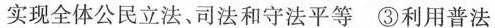
实现全体公民立法、司法和守法平等③利用普法